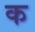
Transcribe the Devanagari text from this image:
कॢ